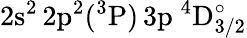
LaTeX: \mathrm{2s^{2}\, 2p^{2}(^{3}P)\, 3p~^{4}D_{3/2}^{\circ}}